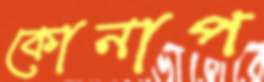
কোনাপ